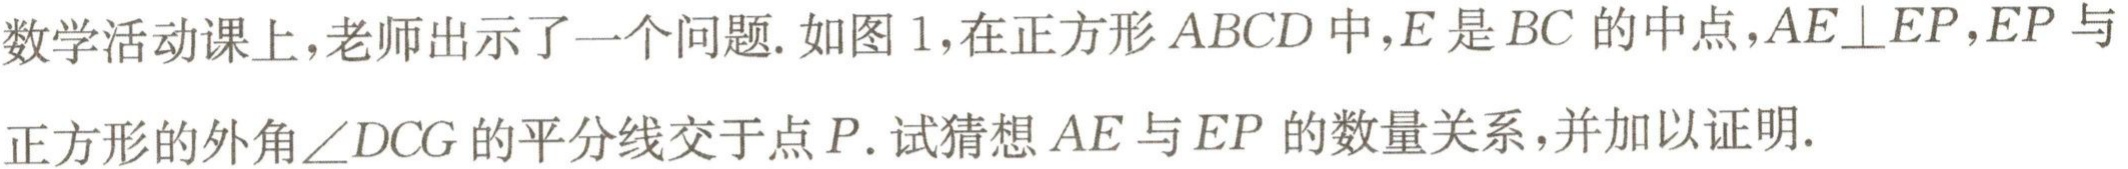
数学活动课上,老师出示了一个问题. 如图 1,在正方形 \(ABCD\) 中,\(E\) 是 \(BC\) 的中点,\(AE\perp EP\),\(EP\) 与正方形的外角 \(\angle DCG\) 的平分线交于点 \(P\). 试猜想 \(AE\) 与 \(EP\) 的数量关系,并加以证明.